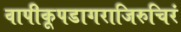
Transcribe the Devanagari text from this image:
वापीकूपडागराजिरुचिरं